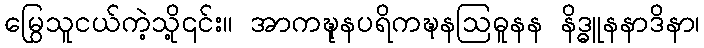
မြွေသူငယ်ကဲ့သို့၎င်း။ အာကဍ္ဎုနပရိကဍ္ဎနဩဓူနန နိဒ္ဓူနနာဒိနာ၊